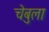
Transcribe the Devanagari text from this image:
चेबुला